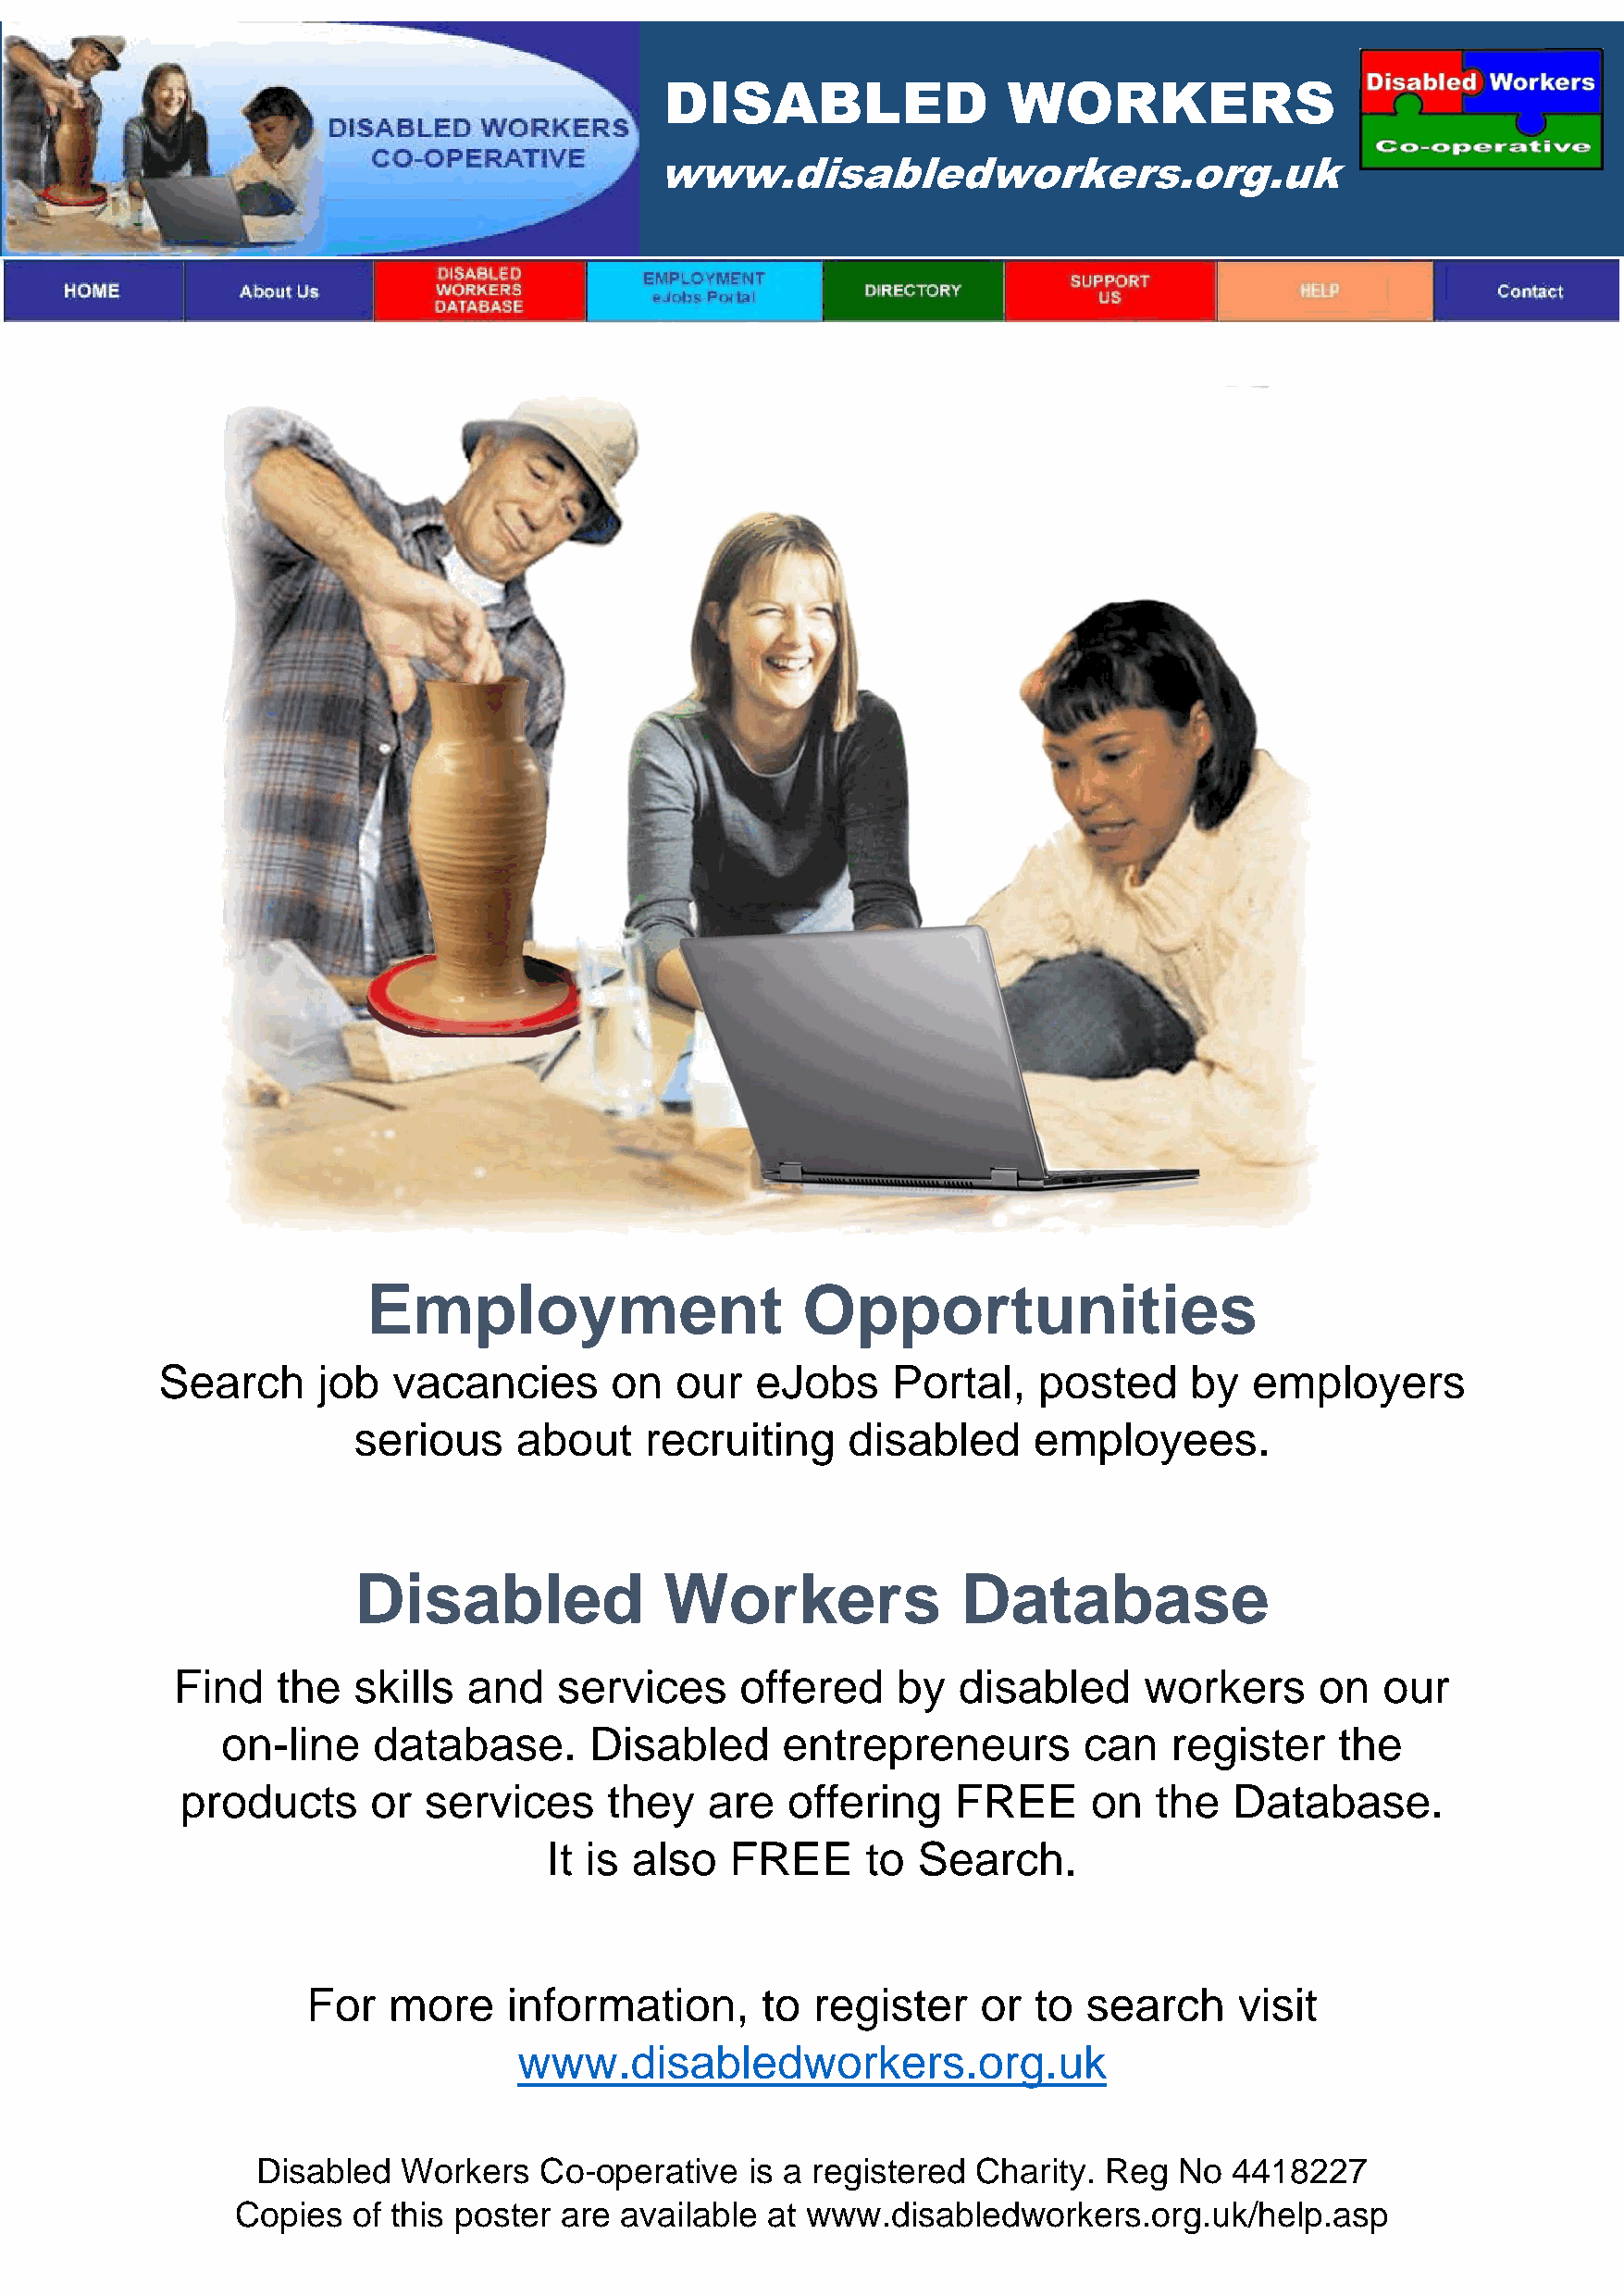
DISABLED                 WORKERS
 www.disabledworkers.org.uk
 Employment                     Opportunities
 Search      job  vacancies       on  our   eJobs     Portal,   posted     by   employers
 serious     about    recruiting     disabled     employees.
 Disabled              Workers               Database
 Find    the  skills  and    services     offered    by   disabled     workers     on   our
 on-line    database.      Disabled      entrepreneurs        can    register    the
 products      or services     they    are  offering    FREE      on   the  Database.
 It is also   FREE      to  Search.
 For   more    information,      to  register    or  to  search     visit
 www.disabledworkers.org.uk
 Disabled   Workers   Co-operative   is a registered Charity. Reg  No  4418227
 Copies  of this poster are available  at www.disabledworkers.org.uk/help.asp